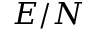
E / N